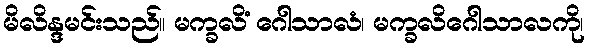
မိလိန္ဒမင်းသည်။ မက္ခလိံ ဂေါသာလံ၊ မက္ခလိဂေါသာလကို၊